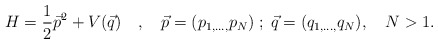
\begin{align*}H=\frac{1}{2}\vec{p}^{2}+V(\vec{q})\quad,\quad\vec{p}=(p_{1,\ldots,}p_{N})\;;\;\vec{q}=(q_{1,\ldots ,}q_{N}), \quad N>1.\end{align*}